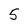
Character: 5